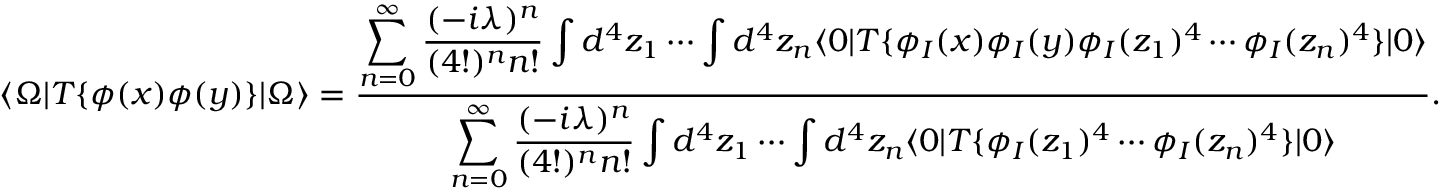
\langle \Omega | T \{ \phi ( x ) \phi ( y ) \} | \Omega \rangle = { \frac { \displaystyle \sum _ { n = 0 } ^ { \infty } { \frac { ( - i \lambda ) ^ { n } } { ( 4 ! ) ^ { n } n ! } } \int d ^ { 4 } z _ { 1 } \cdots \int d ^ { 4 } z _ { n } \langle 0 | T \{ \phi _ { I } ( x ) \phi _ { I } ( y ) \phi _ { I } ( z _ { 1 } ) ^ { 4 } \cdots \phi _ { I } ( z _ { n } ) ^ { 4 } \} | 0 \rangle } { \displaystyle \sum _ { n = 0 } ^ { \infty } { \frac { ( - i \lambda ) ^ { n } } { ( 4 ! ) ^ { n } n ! } } \int d ^ { 4 } z _ { 1 } \cdots \int d ^ { 4 } z _ { n } \langle 0 | T \{ \phi _ { I } ( z _ { 1 } ) ^ { 4 } \cdots \phi _ { I } ( z _ { n } ) ^ { 4 } \} | 0 \rangle } } .